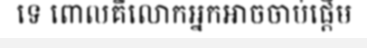
ទេ ពោលគឺលោកអ្នកអាចចាប់ផ្តើម